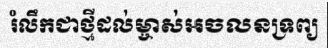
រំលឹកជាថ្មីដល់ម្ចាស់អចលនទ្រព្យ